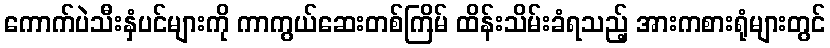
ကောက်ပဲသီးနှံပင်များကို ကာကွယ်ဆေးတစ်ကြိမ် ထိန်းသိမ်းခံရသည့် အားကစားရုံများတွင်